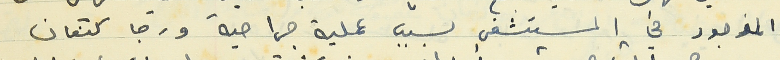
الموجود في المستشفى بسبب عملية جراحية ورجا كتعان